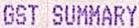
GST SUMMARY